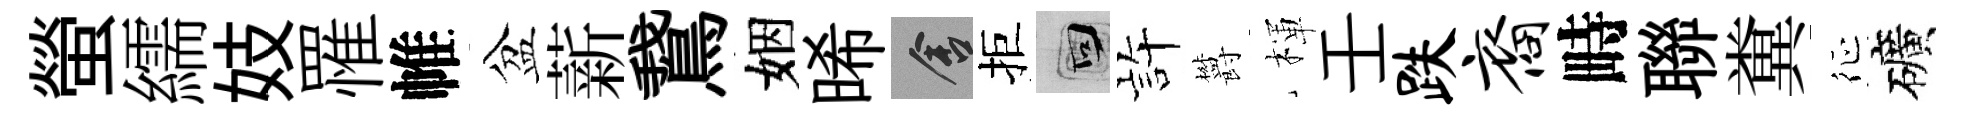
螢繻妓罹帷盆薪鵞姻晞舍拒回静欝楎壬跌裔畤聯糞征礦